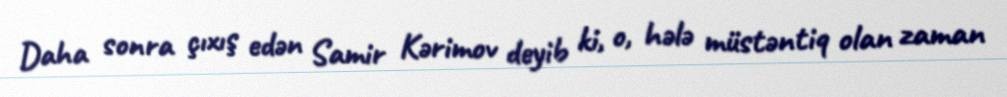
Daha sonra çıxış edən Samir Kərimov deyib ki, o, hələ müstəntiq olan zaman